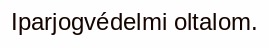
Iparjogvédelmi oltalom.